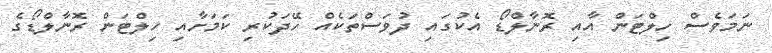
ނަމަވެސް ހިލްޓަން އާއި ރޮނާލްޑޯ އެކުގައި ދުވަސްތަކެއް ހޭދަކުރި ކަމަށާއި ހިލްޓަން ރޮނާލްޑޯގެ